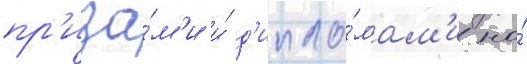
пр'иза́м'и и́ д'ипло́мам'и на́